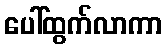
ပေါ်ထွက်လာကာ